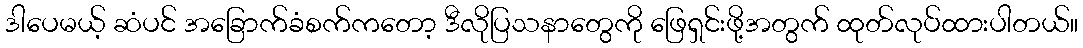
ဒါပေမယ့် ဆံပင် အခြောက်ခံစက်ကတော့ ဒီလိုပြသနာတွေကို ဖြေရှင်းဖို့အတွက် ထုတ်လုပ်ထားပါတယ်။